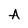
Character: A